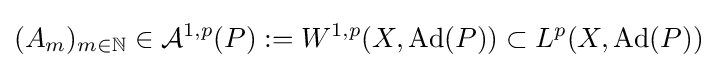
(A_{m})_{m\in \mathbb {N} }\in {\mathcal {A}}^{1,p}(P):=W^{1,p}(X,\operatorname {Ad} (P))\subset L^{p}(X,\operatorname {Ad} (P))